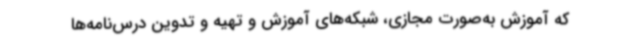
که آموزش به‌صورت مجازی، شبکه‌های آموزش و تهیه و تدوین درس‌نامه‌ها